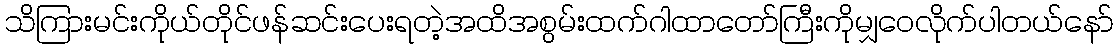
သိကြားမင်းကိုယ်တိုင်ဖန်ဆင်းပေးရတဲ့အထိအစွမ်းထက်ဂါထာတော်ကြီးကိုမျှဝေလိုက်ပါတယ်နော်